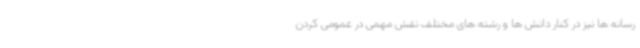
رسانه ها نیز در کنار دانش ها و رشته های مختلف نقش مهمی در عمومی کردن